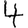
Digit: 4